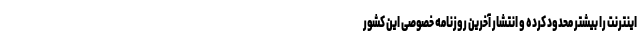
اینترنت را بیشتر محدود کرده و انتشار آخرین روزنامه خصوصی این کشور